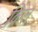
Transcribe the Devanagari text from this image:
क़ित